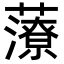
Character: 𧀪